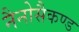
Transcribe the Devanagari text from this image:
नैनोसैकण्ड